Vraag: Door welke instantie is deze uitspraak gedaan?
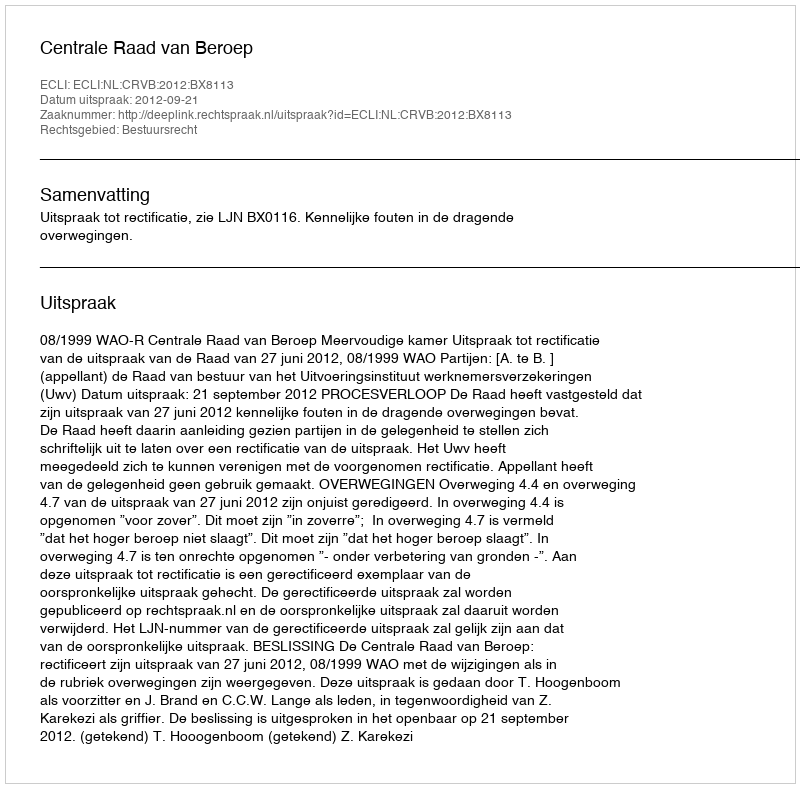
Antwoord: Centrale Raad van Beroep